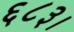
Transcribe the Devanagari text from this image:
६८३।